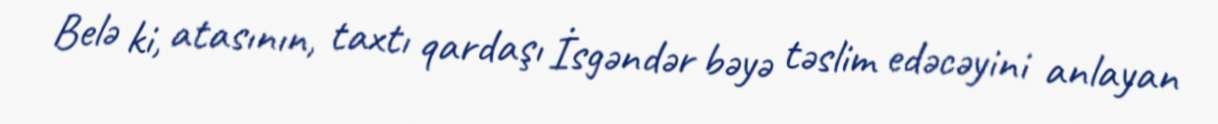
Belə ki, atasının, taxtı qardaşı İsgəndər bəyə təslim edəcəyini anlayan